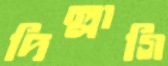
দিল্লাগি